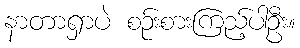
နာတာရှာပဲ စဉ်းစားကြည့်ပါဦး။